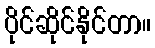
ပိုင်ဆိုင်နိုင်တာ။